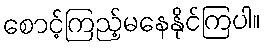
စောင့်ကြည့်မနေနိုင်ကြပါ။